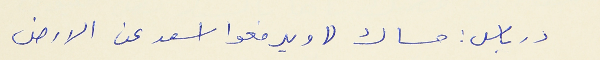
درباس : مساك (( ويرفعوا اسعد عن الارض